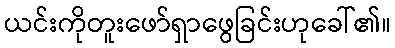
ယင်းကိုတူးဖော်ရှာဖွေခြင်းဟုခေါ်၏။